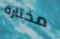
مختارة